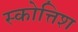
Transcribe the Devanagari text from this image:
स्कोत्तिश